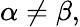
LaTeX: \alpha\neq\beta,